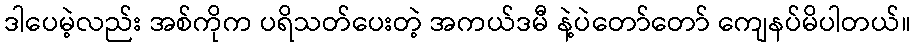
ဒါပေမဲ့လည်း အစ်ကိုက ပရိသတ်ပေးတဲ့ အကယ်ဒမီ နဲ့ပဲတော်တော် ကျေနပ်မိပါတယ်။